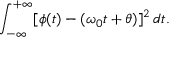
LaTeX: \int _ { - \infty } ^ { + \infty } [ \phi ( t ) - ( \omega _ { 0 } t + \theta ) ] ^ { 2 } \, d t .